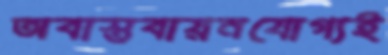
অবাস্তবায়নযোগ্যই